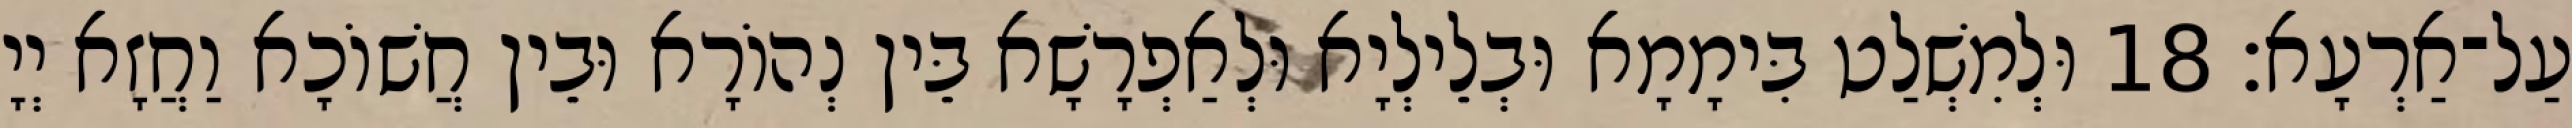
עַל־אַרְעָא׃ 18 וּלְמִשְׁלַט בִּימָמָא וּבְלֵילְיָא וּלְאַפְרָשָׁא בֵּין נְהוֹרָא וּבֵין חֲשׁוֹכָא וַחֲזָא יְיָ